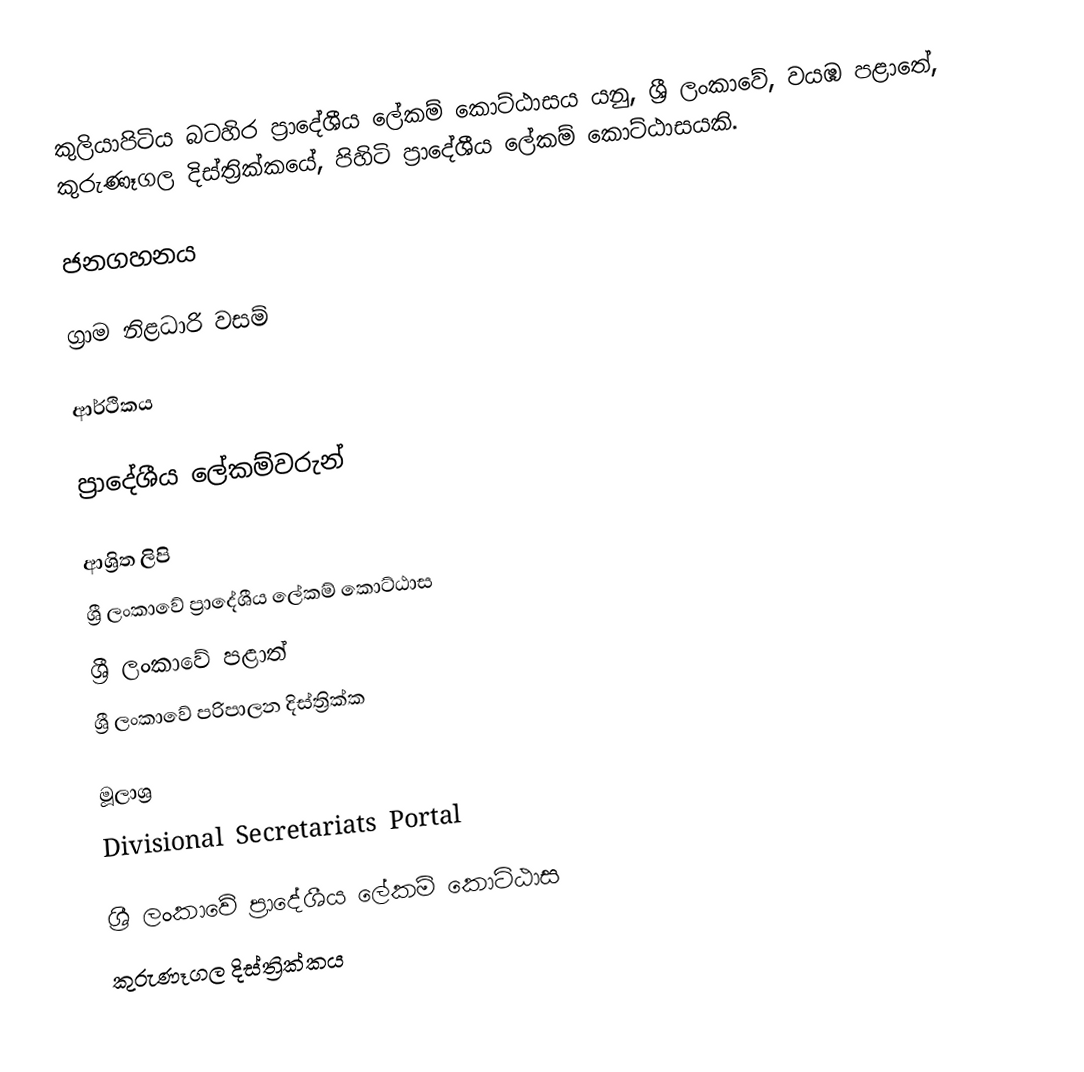
කුලියාපිටිය බටහිර ප්‍රාදේශීය ලේකම් කොට්ඨාසය යනු,  ශ්‍රී ලංකාවේ, වයඹ පළාතේ,   කුරුණෑගල දිස්ත්‍රික්කයේ, පිහිටි ප්‍රාදේශීය ලේකම් කොට්ඨාසයකි.

ජනගහනය

ග්‍රාම නිළධාරි වසම්

ආර්ථිකය

ප්‍රාදේශීය ලේකම්වරුන්

ආශ්‍රිත ලිපි
ශ්‍රී ලංකාවේ ප්‍රාදේශීය ලේකම් කොට්ඨාස
ශ්‍රී ලංකාවේ පළාත්
ශ්‍රී ලංකාවේ පරිපාලන දිස්ත්‍රික්ක

මූලාශ්‍ර
 Divisional Secretariats Portal

ශ්‍රී ලංකාවේ ප්‍රාදේශීය ලේකම් කොට්ඨාස
කුරුණෑගල දිස්ත්‍රික්කය